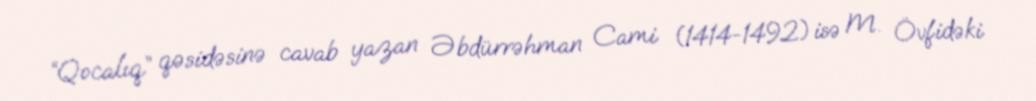
“Qocalıq” qəsidəsinə cavab yazan Əbdürrəhman Cami (1414-1492) isə M. Övfidəki